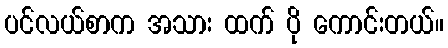
ပင်လယ်စာက အသား ထက် ပို ကောင်းတယ်။